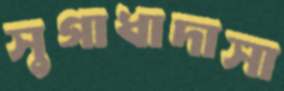
সুগাধাদাসা